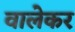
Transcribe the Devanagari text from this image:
वालेकर